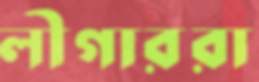
লীগাররা